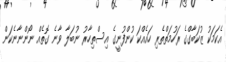
އެކަމަކު ޒުކަބާގްގެ ރަހުމަތްތެރި ހައެއްކަ ކުންފުނީގެ އިސްތިހާރު ނުބަލާ ވާނެ ގޮތެއް ނޯންނާނެކަން